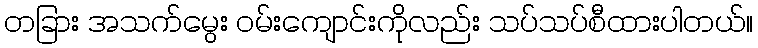
တခြား အသက်မွေး ဝမ်းကျောင်းကိုလည်း သပ်သပ်စီထားပါတယ်။